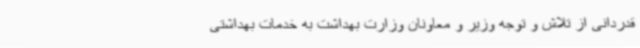
قدردانی از تلاش و توجه وزیر و معاونان وزارت بهداشت به خدمات بهداشتی